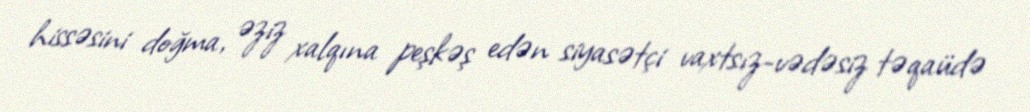
hissəsini doğma, əziz xalqına peşkəş edən siyasətçi vaxtsız-vədəsiz təqaüdə